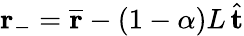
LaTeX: \mathbf{r}_{-}=\overline{{\mathbf{r}}}-(1-\alpha)L\, \hat{\mathbf{t}}